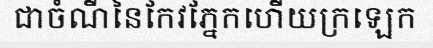
ជាចំណីនៃកែវភ្នែកហើយក្រឡេក